Indian journal of veterinary science and animal husbandry - Volumes 26-27, 1956-1957
Year: 1956
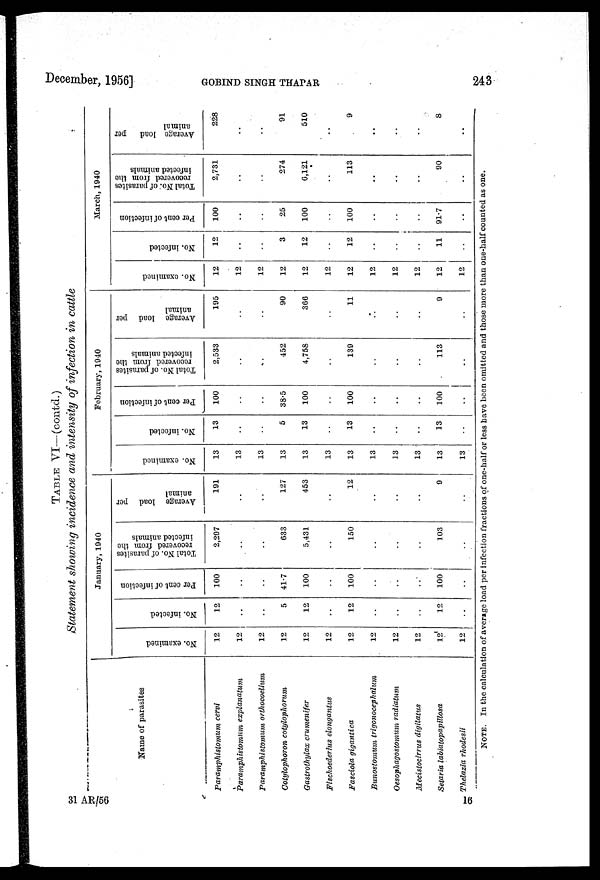
December, 1956]
GOBIND
SINGH
THAPAR
243
TABLE VI—(contd.)
Statement showing incidence and intensity of infection in cattle
Name of parasites
Paramphistomum cervi
Paramphistomum explanatum
Paramphistomum orthocoelium
Cotylophoron cotylophorum
Gastrothylax crumenifer
Fischoederius elongantus
Fasciola gigantica
Bunostomum trigonocephalum
Oesophagostomum radiatum
Mecistocirrus digitatus
Setaria labiatopapillosa
Thelazia rhodesii
January, 1940
No. examined
12
12
12
12
12
12
12
12
12
12
12
12
No. infected
12
. .
. .
5
12
. .
12
. .
. .
. .
12
. .
Per cent of infection
100
. .
. .
41.7
100
. .
100
. .
. .
. .
100
. .
Total No. of parasites
recovered from the
infected animals
2,297
. .
. .
633
5,431
. .
150
. .
. .
. .
103
. .
Average load per
animal
191
. .
. .
127
453
. .
12
. .
. .
. .
9
. .
February, 1940
No. examined
13
13
13
13
13
13
13
13
13
13
13
13
No. infected
13
. .
. .
5
13
. .
13
. .
. .
. .
13
. .
Per cent of infection
100
. .
. .
38.5
100
. .
100
. .
. .
. .
100
. .
Total No. of parasites
recovered from the
infected animals
2,533
. .
. .
452
4,758
. .
139
. .
. .
. .
113
. .
Average load per
animal
195
. .
. .
90
366
. .
11
. .
. .
. .
9
. .
March, 1940
No. examined
12
12
12
12
12
12
12
12
12
12
12
12
No. infected
12
. .
. .
3
12
. .
12
. .
. .
. .
11
. .
Per cent of infection
100
. .
. .
25
100
. .
100
. .
. .
. .
91.7
. .
Total No. of parasites
recovered from the
infected animals
2,731
. .
. .
274
6,121
. .
113
. .
. .
. .
90
. .
Average load
per
animal
228
. .
. .
91
510
. .
9
. .
. .
. .
8
. .
NOTE. In the calculation of average load per infection fractions of one-half or less have been omitted and those more than one-half counted as one.
31 AR/56
16